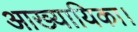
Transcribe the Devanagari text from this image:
आख्यायिका।